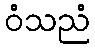
ဝံသညံ